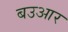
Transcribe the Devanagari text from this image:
बउआर